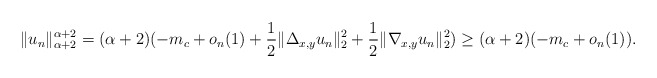
\begin{align*}\|u_n\|_{\alpha+2}^{\alpha+2}=(\alpha+2)(-m_c+o_n(1)+\frac{1}{2}\|\Delta_{x,y}u_n\|_2^2+\frac{1}{2}\|\nabla_{x,y}u_n\|_2^2)\geq (\alpha+2)(-m_c+o_n(1)).\end{align*}